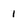
Character: 1